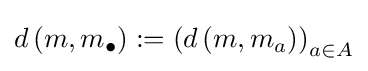
d\left(m,m_{\bullet }\right):=\left(d\left(m,m_{a}\right)\right)_{a\in A}